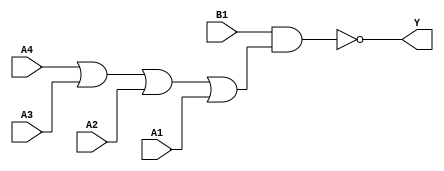
module sky130_fd_sc_hd__o41ai_6 (
    Y ,
    A1,
    A2,
    A3,
    A4,
    B1
);
    output Y ;
    input  A1;
    input  A2;
    input  A3;
    input  A4;
    input  B1;
    wire or0_out    ;
    wire nand0_out_Y;
    or   or0   (or0_out    , A4, A3, A2, A1 );
    nand nand0 (nand0_out_Y, B1, or0_out    );
    buf  buf0  (Y          , nand0_out_Y    );
endmodule